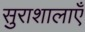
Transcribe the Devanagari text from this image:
सुराशालाएँ